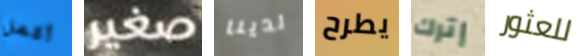
أكمل صغير لدينا يطرح إترك للعثور